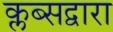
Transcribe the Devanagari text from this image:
क्लब्सद्वारा